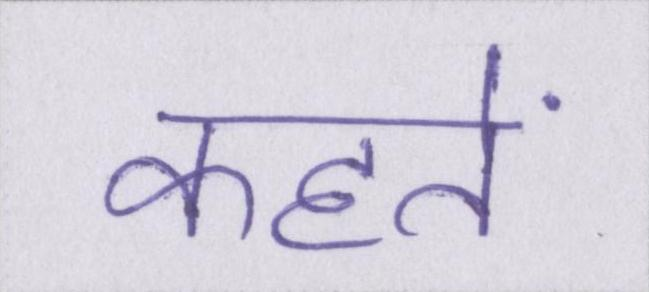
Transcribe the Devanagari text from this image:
कहतें